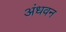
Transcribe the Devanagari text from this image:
अंधवन